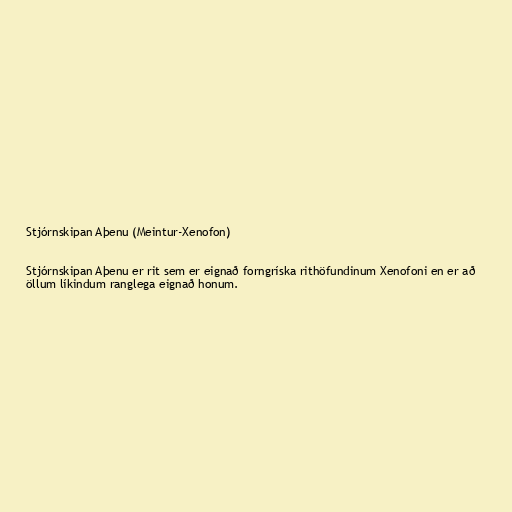
Stjórnskipan Aþenu (Meintur-Xenofon)

Stjórnskipan Aþenu er rit sem er eignað forngríska rithöfundinum Xenofoni en er að
öllum líkindum ranglega eignað honum.